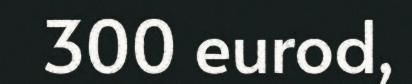
300 eurod,